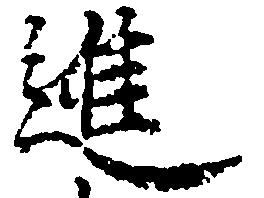
進